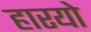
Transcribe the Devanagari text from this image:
हारयो